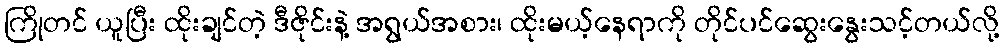
ကြိုတင် ယူပြီး ထိုးချင်တဲ့ ဒီဇိုင်းနဲ့ အရွယ်အစား၊ ထိုးမယ့်နေရာကို တိုင်ပင်ဆွေးနွေးသင့်တယ်လို့